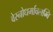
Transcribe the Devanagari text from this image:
वेस्नोधर्मावलम्बि